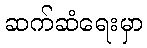
ဆက်ဆံရေးမှာ